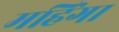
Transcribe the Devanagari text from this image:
महिंगा